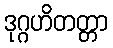
ဒုဂ္ဂဟိတတ္တာ